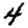
Digit: 4